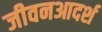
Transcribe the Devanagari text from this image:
जीवनआदर्श